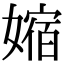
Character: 㜚